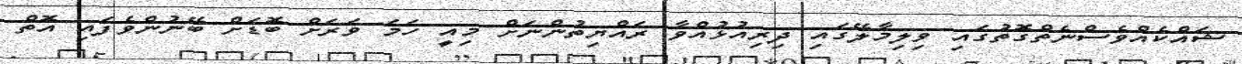
ޝައްކެއްވެސްނެތްގޮތުގައި ވިލިމާލޭގައި ދިރިއުޅުއްވާ ރައްޔިތުންނަށް މިއީ ހަމަ ވަރަށް ބޮޑަށް ބޭނުންވެފައި އޮތް